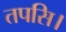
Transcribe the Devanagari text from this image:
तपसि।